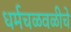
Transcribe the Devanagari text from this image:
धर्मचळवळीचे